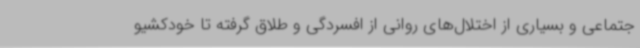
جتماعی و بسیاری از اختلال‌های روانی از افسردگی و طلاق گرفته تا خودکشیو